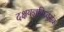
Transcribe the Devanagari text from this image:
दक्षयज्ञविध्वसंक